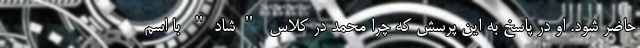
حاضر شود. او در پاسخ به این پرسش که چرا محمد در کلاس "شاد" با اسم